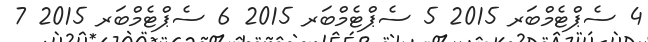
4 ސެޕްޓެމްބަރ 2015 5 ސެޕްޓެމްބަރ 2015 6 ސެޕްޓެމްބަރ 2015 7